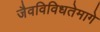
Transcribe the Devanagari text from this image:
जैवविविधतेमागे